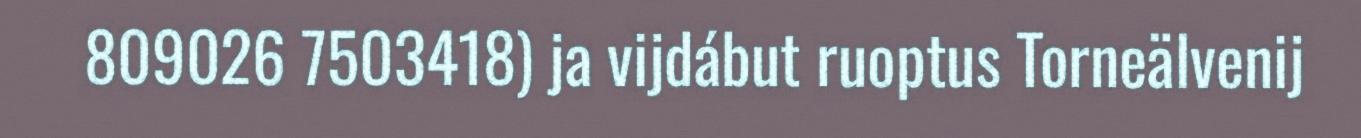
809026 7503418) ja vijdábut ruoptus Torneälvenij